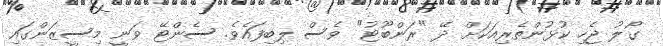
ގޯލު ޖެހި ކުޅުންތެރިއަކަށް ދޭ "ރަންބޫޓު" ވެސް ލިބިފައެވެ. ސެންޓޭ ވަނީ މިސީޒަންގައި